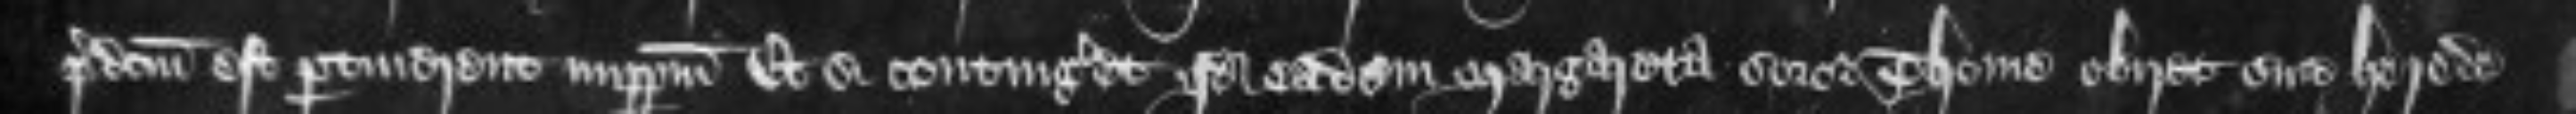
predictum est pertinerent imperpetuum Et si contingeret quod eadem Margareta soror Thome obiret sine herede